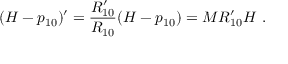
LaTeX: ( H - p _ { 1 0 } ) ^ { \prime } = \frac { R _ { 1 0 } ^ { \prime } } { R _ { 1 0 } } ( H - p _ { 1 0 } ) = M R _ { 1 0 } ^ { \prime } { \cal H } \ .